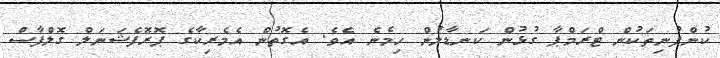
ކުންފުނިތަކުން ޓްރަމްޕާ ގުޅުން ކަނޑާލުން ހިމެނެ އެވެ. އެގޮތުން އެމެރިކާގެ ޕޮރޮފެޝަނަލް ގޮލްފާސް